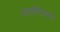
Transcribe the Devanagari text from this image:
कारागिराला